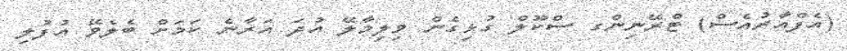
(އެފްއާރުއެސް) ޓްރޭނިންގ ސްކޫލް ގުޅިގެން ވިލިމާލޭ އުދަ އަރާނެ ކަމަށް ބެލެވޭ އުފުލި